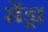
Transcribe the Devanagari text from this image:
सेंड्रा